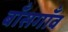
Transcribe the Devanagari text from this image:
बाँसगाँव